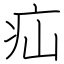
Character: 疝